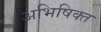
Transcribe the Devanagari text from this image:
अभिषिक्‍त